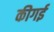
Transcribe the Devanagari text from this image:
कीगई